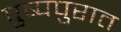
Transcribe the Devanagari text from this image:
पुष्पपुरात